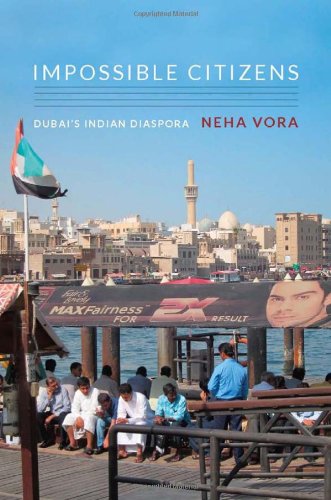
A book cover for Impossible Citizens: Dubai's Indian Diaspora; Neha Vora; History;